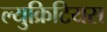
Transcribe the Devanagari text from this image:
ल्युक्रिटियस